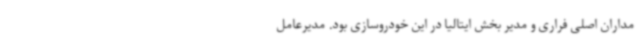
مداران اصلی فراری و مدیر بخش ایتالیا در این خودروسازی بود. مدیرعامل